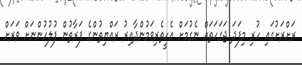
ރަށްރަށުގައި ހުރި މިފަދަ ޖަގަހަތައް ނެގުމަށް އެހީތެރިވަމުންދާއިރު ރައްޔިތުންގެ ފަރާތުން ފުލުހުންނަށް ވަރަށް